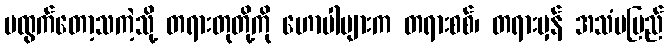
မထွက်တော့သကဲ့သို့ တရားတုတို့ကို ဟောပါများက တရားစစ်၊ တရားမှန် အသံမမြည်